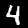
Label: 4